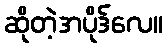
ဆိုတဲ့အပိုဒ်လေ။